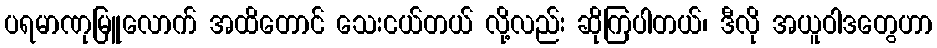
ပရမာဏုမြူလောက် အထိတောင် သေးငယ်တယ် လို့လည်း ဆိုကြပါတယ်၊ ဒီလို အယူဝါဒတွေဟာ